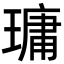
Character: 𤨭